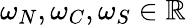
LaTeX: \omega_{N},\omega_{C},\omega_{S}\in\mathbb{R}